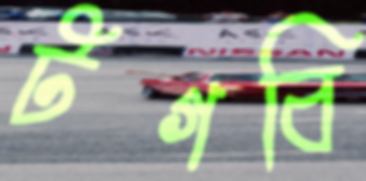
টগবি